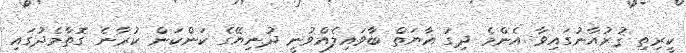
ކީރިތި ޤުރުއާނުގައިވާ އެންމެ ދިގު އާޔަތް ބާވައިލެއްވުނީ ދުނިޔޭގެ ކަންކަން ކުރާނެ ގޮތާމެދުގައި